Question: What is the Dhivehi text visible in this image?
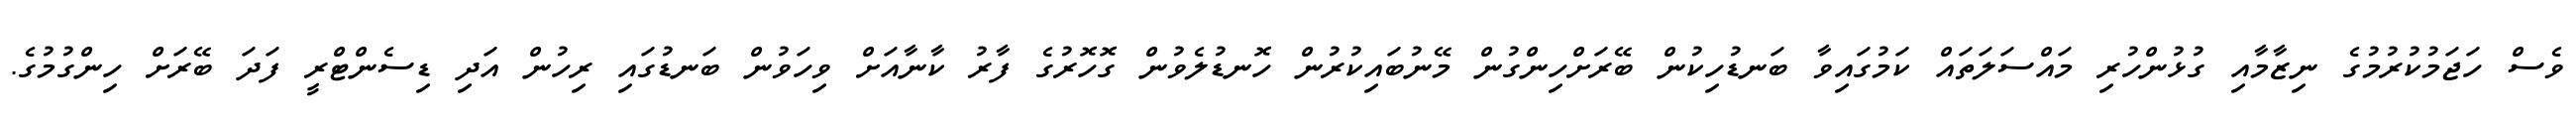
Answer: ވެސް ހަޖަމުކުރުމުގެ ނިޒާމާއި ގުޅުންހުރި މައްސަލަތައް ކަމުގައިވާ ބަނޑުހިކުން ބޭރަށްހިންގުން މޭނުބައިކުރުން ހޮނޑުލެވުން ގޮހޮރުގެ ފާރު ކާނާއަށް ވިހަވުން ބަނޑުގައި ރިހުން އަދި ޑިސެންޓްރީ ފަދަ ބޭރަށް ހިންގުމުގެ.